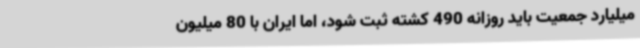
میلیارد جمعیت باید روزانه 490 کشته ثبت شود، اما ایران با 80 میلیون